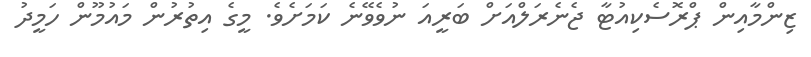
ޒިންމާއިން ޕްރޮސެކިއުޓާ ޖެނެރަލްއަށް ބަރީއަ ނުވެވޭނެ ކަމަށެވެ. މީގެ އިތުރުން މައުމޫން ހަމީދު